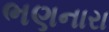
ભણનારા